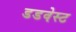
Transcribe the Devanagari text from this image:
डडवेस्ट